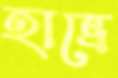
হাভ্রে